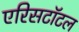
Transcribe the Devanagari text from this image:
एरिसटॉटल